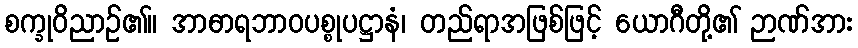
စက္ခုဝိညာဉ်၏။ အာဓာရဘာဝပစ္စုပဋ္ဌာနံ၊ တည်ရာအဖြစ်ဖြင့် ယောဂီတို့၏ ဉာဏ်အား